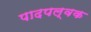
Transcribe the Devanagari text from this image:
पादपल्वक